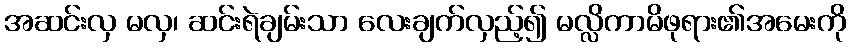
အဆင်းလှ မလှ၊ ဆင်းရဲချမ်းသာ လေးချက်လှည့်၍ မလ္လိကာမိဖုရား၏အမေးကို